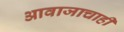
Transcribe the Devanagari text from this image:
आवाजाचाही